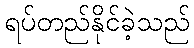
ရပ်တည်နိုင်ခဲ့သည်